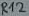
Text: R12